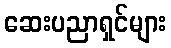
ဆေးပညာရှင်များ